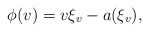
\begin{align*}\phi(v) = v\xi_v - a(\xi_v),\end{align*}